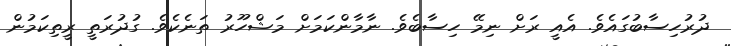
ދުރުހިސާބުގައެވެ. އެއީ ރަށް ނިމޭ ހިސާބެވެ. ނާމާންކަމަށް މަޝްހޫރު ތަނެކެވެ. ގުދުރަތީ ރީތިކަމުން